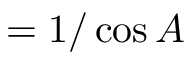
= { 1 / \cos A }